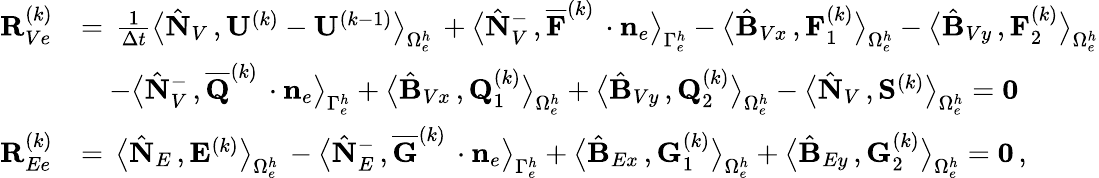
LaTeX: \begin{array}{rl}{{\mathbf R}_{Ve}^{(k)}}&{=\, \frac{1}{\Delta t}\big\langle\hat{\mathbf N}_{V}\, ,{\mathbf U}^{(k)}-{\mathbf U}^{(k-1)}\big\rangle_{\Omega_{e}^{h}}\, +\big\langle\hat{\mathbf N}_{V}^{-}\, ,\overline{{{\mathbf F}}}^{(k)}\, \cdot{{\mathbf n}}_{e}\big\rangle_{\Gamma_{e}^{h}}-\big\langle\hat{\mathbf B}_{Vx}\, ,{\mathbf F}_{1}^{(k)}\big\rangle_{\Omega_{e}^{h}}-\big\langle\hat{\mathbf B}_{Vy}\, ,{\mathbf F}_{2}^{(k)}\big\rangle_{\Omega_{e}^{h}}}\\ &{\quad-\big\langle\hat{\mathbf N}_{V}^{-}\, ,\overline{{{\mathbf Q}}}^{(k)}\, \cdot{{\mathbf n}}_{e}\big\rangle_{\Gamma_{e}^{h}}+\big\langle\hat{\mathbf B}_{Vx}\, ,{\mathbf Q}_{1}^{(k)}\big\rangle_{\Omega_{e}^{h}}+\big\langle\hat{\mathbf B}_{Vy}\, ,{\mathbf Q}_{2}^{(k)}\big\rangle_{\Omega_{e}^{h}}-\big\langle\hat{\mathbf N}_{V}\, ,{\mathbf S}^{(k)}\big\rangle_{\Omega_{e}^{h}}={\mathbf 0}}\\ {{\mathbf R}_{Ee}^{(k)}}&{=\, \big\langle\hat{\mathbf N}_{E}\, ,{\mathbf E}^{(k)}\big\rangle_{\Omega_{e}^{h}}\, -\big\langle\hat{\mathbf N}_{E}^{-}\, ,\overline{{{\mathbf G}}}^{(k)}\, \cdot{{\mathbf n}}_{e}\big\rangle_{\Gamma_{e}^{h}}+\big\langle\hat{\mathbf B}_{Ex}\, ,{\mathbf G}_{1}^{(k)}\big\rangle_{\Omega_{e}^{h}}+\big\langle\hat{\mathbf B}_{Ey}\, ,{\mathbf G}_{2}^{(k)}\big\rangle_{\Omega_{e}^{h}}={\mathbf 0}\, ,}\end{array}